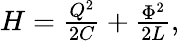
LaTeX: \begin{array}{r}{H=\frac{Q^{2}}{2C}+\frac{{\Phi}^{2}}{2L},}\end{array}